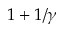
1 + 1 / \gamma